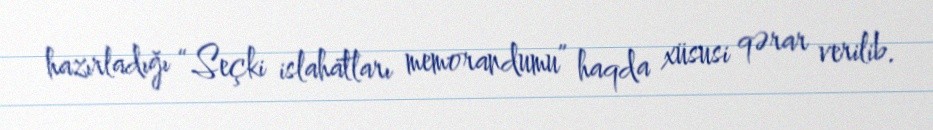
hazırladığı “Seçki islahatları memorandumu” haqda xüsusi qərar verilib.